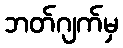
ဘတ်ဂျက်မှ